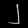
Digit: ၂